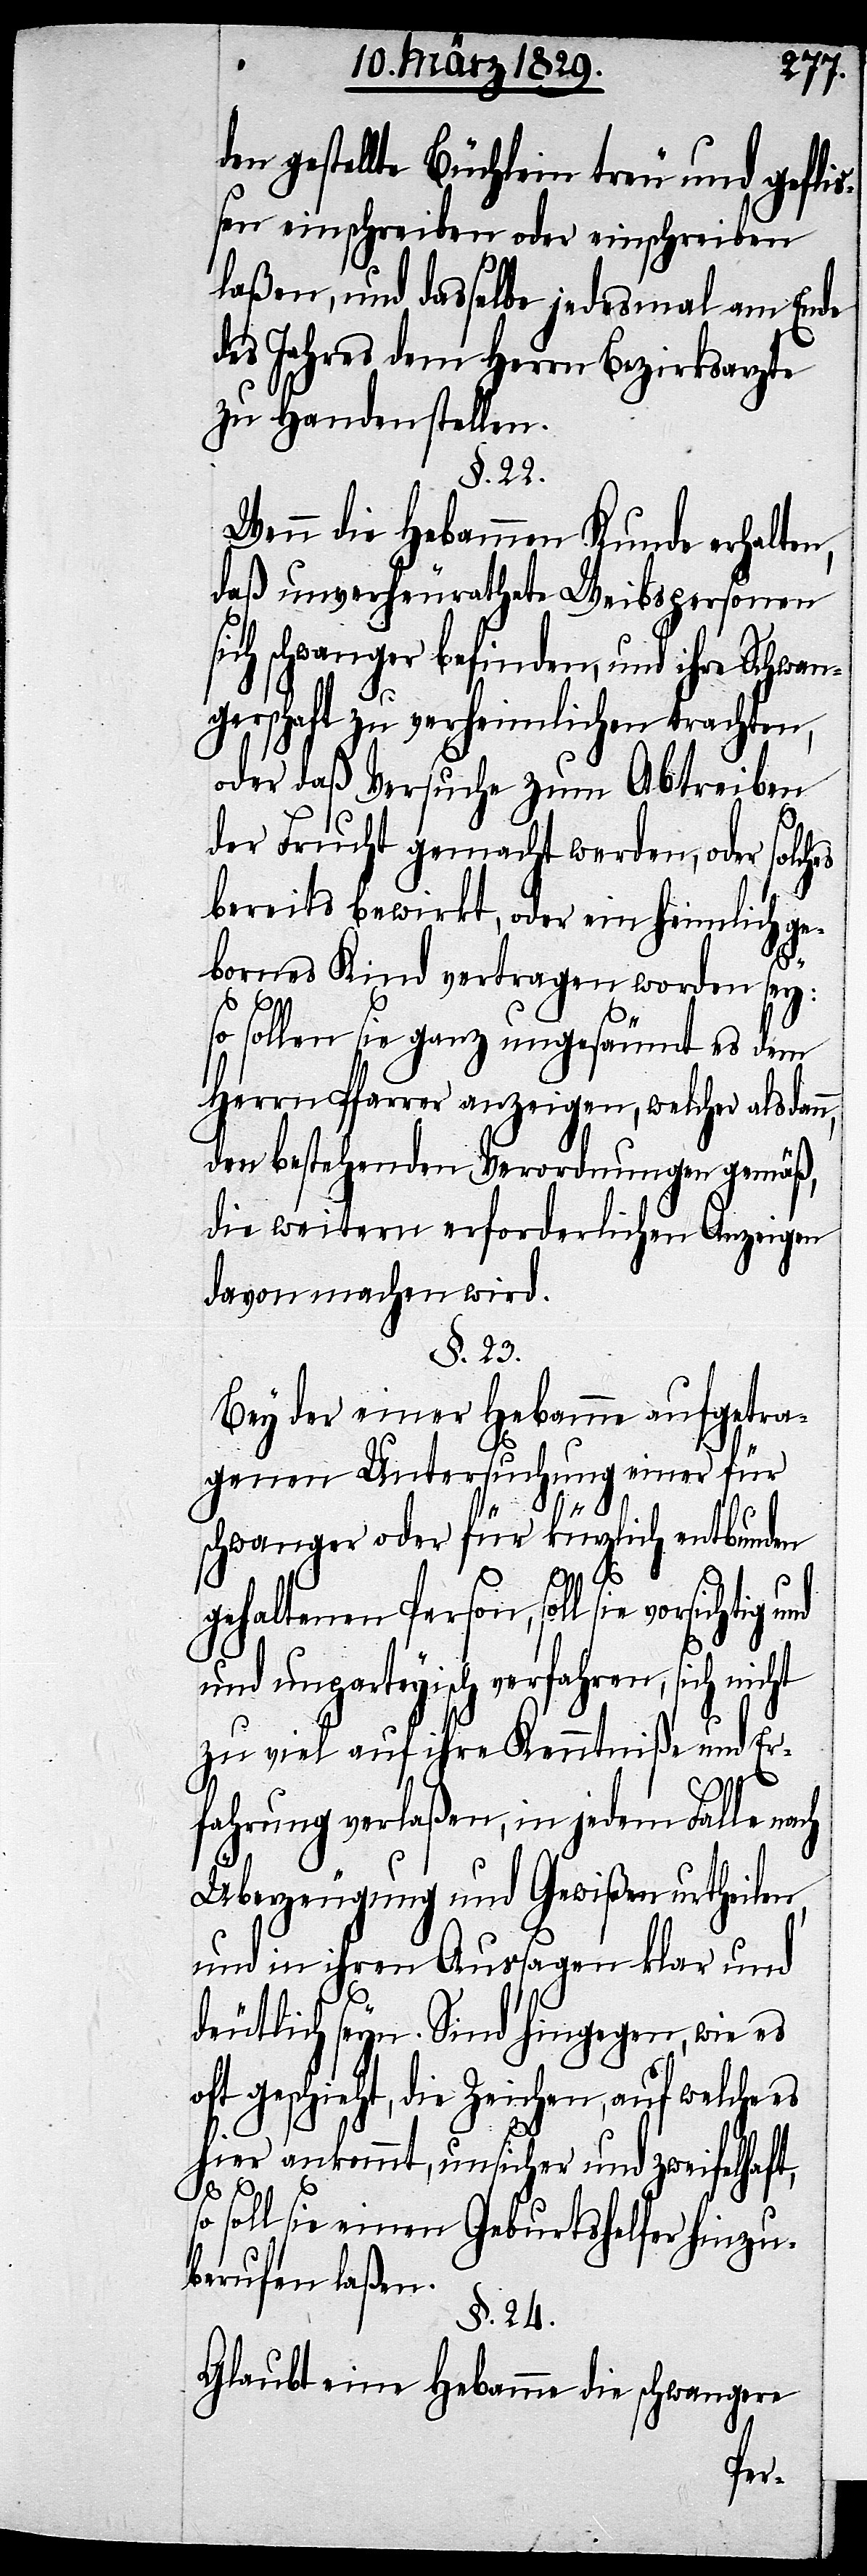
den gestellte Büchlein treu und gefli¬
ßen einschreiben oder einschreiben
laßen, und dasselbe jedesmal am Ende
des Jahres dem Herrn Bezirksarzte
zu Handen stellen.
§. 22.
Wenn die Hebammen Kunde erhalten,
daß unverheurathete Weibspersonen
sich schwanger befinden, und ihre Schwan¬
gerschaft zu verheimlichen trachten,
oder daß Versuche gemacht werden,
bereits bewirkt, oder ein heimlich ge¬
bornes Kind vertragen worden sey:
so sollen sie ganz ungesäumt es dem
Herrn Pfarrer anzeigen, welcher alsdan¬
den bestehenden Verordnungen gemäß,
die weitern erforderlichen Anzeigen
davon machen wird.
§. 23.
Bey der einer Hebamme aufgetra¬
genen Untersuchung einer für
schwanger oder kürzlich entbunden
solches
gehaltenen Person, soll sie vorsichtig und
unparteyisch verfahren, sich nicht
zu viel auf ihre Kenntniße und Er¬
fahrung verlaßen, in jedem Falle nach
n,
Überzeugung und Gewißen urtheilen,
und in ihren Aussagen klar und
deutlich seyn. Sind hingegen, wie es
oft geschieht, die Zeichen, auf welche es
hier ankommt, unsicher und zweifelhaft,
soll sie einen Geburtshelfer hinzu¬
berufen laßen.
§. 24.
Glaubt eine Hebamme die schwangere